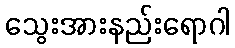
သွေးအားနည်းရောဂါ